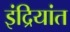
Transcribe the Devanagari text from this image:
इंद्रियांत